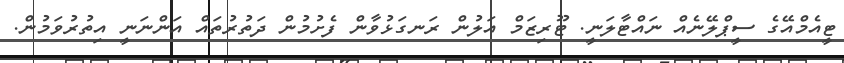
ޓީއެމްއޭގެ ސީޕްލޭނެއް ނައްޓާލަނީ. ޓޫރިޒަމް އަލުން ރަނގަޅުވާން ފެށުމުން ދަތުރުތައް އަންނަނީ އިތުރުވަމުން.